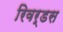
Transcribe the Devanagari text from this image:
रिवर्डस